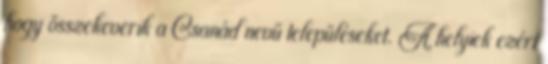
hogy összekeverik a Csanád nevű településeket. A helyiek ezért